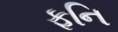
ફનિ